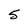
Character: 5